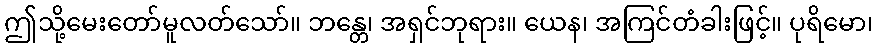
ဤသို့မေးတော်မူလတ်သော်။ ဘန္တေ၊ အရှင်ဘုရား။ ယေန၊ အကြင်တံခါးဖြင့်။ ပုရိမော၊